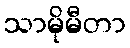
သာမိုမီတာ